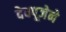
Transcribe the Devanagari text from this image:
देवपूजेने